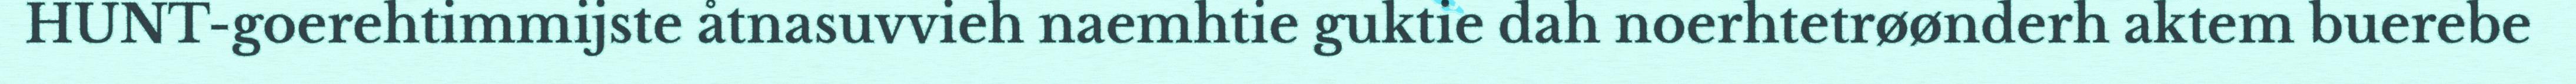
HUNT-goerehtimmijste åtnasuvvieh naemhtie guktie dah noerhtetrøønderh aktem buerebe